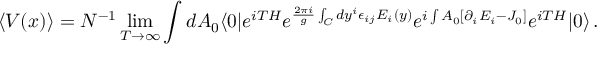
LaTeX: \langle V ( x ) \rangle = N ^ { - 1 } \operatorname * { l i m } _ { T \rightarrow \infty } \int d A _ { 0 } \langle 0 | e ^ { i T H } e ^ { { \frac { 2 \pi i } { g } } \int _ { C } d y ^ { i } \epsilon _ { i j } E _ { i } ( y ) } e ^ { i \int A _ { 0 } [ \partial _ { i } E _ { i } - J _ { 0 } ] } e ^ { i T H } | 0 \rangle \, .